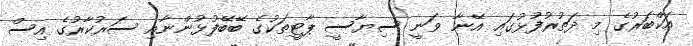
އަކްބަރުގެ މި ދަތުރުފުޅުގައި އޭނާ ވަނީ ސިޔާސީ ޕާޓީތަކުގެ ބޭބޭފުޅުންނާއި ސަރުކާރުގެ އިސް